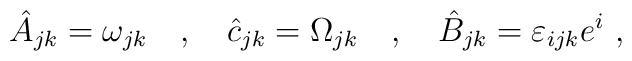
\hat A_{jk} = \omega_{jk}  \quad , \quad \hat c_{jk} = \Omega_{jk} \quad , \quad \hat B_{jk} = \varepsilon_{ijk} e^i \ ,